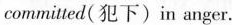
committed(犯下)in anger.